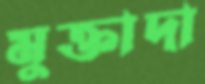
মুক্তাদা